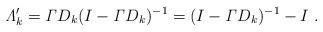
LaTeX: \begin{align*}{\it \Lambda}_k^\prime = {\it \Gamma}D_k (I - {\it \Gamma} D_k)^{-1} = (I - {\it \Gamma} D_k)^{-1} - I \ .\end{align*}